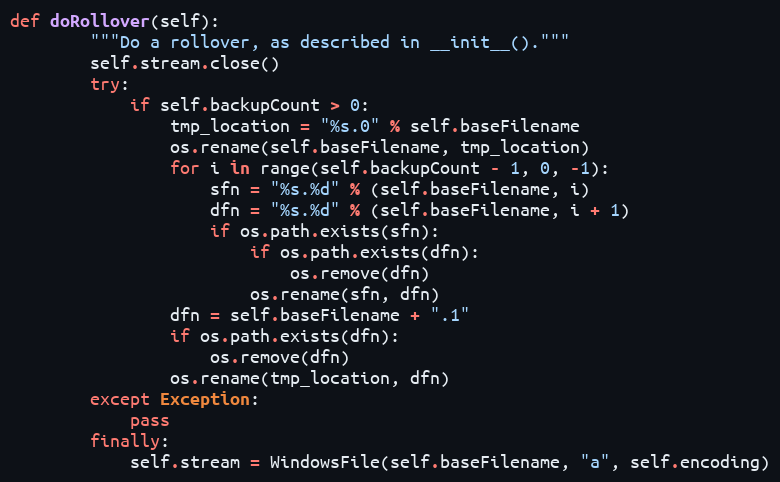
Language: Python
def doRollover(self):
        """Do a rollover, as described in __init__()."""
        self.stream.close()
        try:
            if self.backupCount > 0:
                tmp_location = "%s.0" % self.baseFilename
                os.rename(self.baseFilename, tmp_location)
                for i in range(self.backupCount - 1, 0, -1):
                    sfn = "%s.%d" % (self.baseFilename, i)
                    dfn = "%s.%d" % (self.baseFilename, i + 1)
                    if os.path.exists(sfn):
                        if os.path.exists(dfn):
                            os.remove(dfn)
                        os.rename(sfn, dfn)
                dfn = self.baseFilename + ".1"
                if os.path.exists(dfn):
                    os.remove(dfn)
                os.rename(tmp_location, dfn)
        except Exception:
            pass
        finally:
            self.stream = WindowsFile(self.baseFilename, "a", self.encoding)